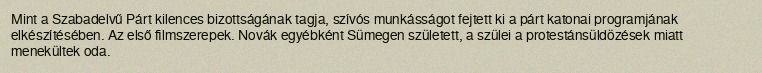
Mint a Szabadelvű Párt kilences bizottságának tagja, szívós munkásságot fejtett ki a párt katonai programjának elkészítésében. Az első filmszerepek. Novák egyébként Sümegen született, a szülei a protestánsüldözések miatt menekültek oda.